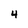
Character: 4